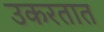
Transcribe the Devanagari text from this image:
उकरतात